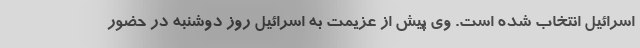
اسرائیل انتخاب شده است. وی پیش از عزیمت به اسرائیل روز دوشنبه در حضور